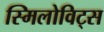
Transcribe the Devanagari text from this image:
स्मिलोविट्स